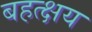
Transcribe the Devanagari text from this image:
बहत्क्षय